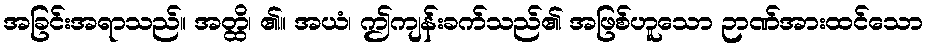
အခြင်းအရာသည်။ အတ္ထိ၊ ၏။ အယံ၊ ဤကျန်းခက်သည်၏ အဖြစ်ဟူသော ဉာဏ်အားထင်သော